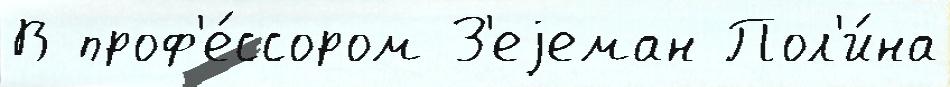
В проф'е́ссором З'еjеман Пол'и́на